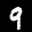
Label: 9